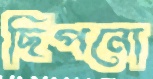
ছিপনো